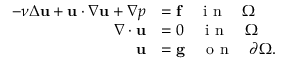
\begin{array} { r l } { - \nu \Delta \mathbf { u } + \mathbf { u } \cdot \nabla \mathbf { u } + \nabla p } & { = \mathbf { f } \quad \textup { i n } \quad \Omega } \\ { \nabla \cdot \mathbf { u } } & { = 0 \quad \textup { i n } \quad \Omega } \\ { \mathbf { u } } & { = \mathbf { g } \quad \textup { o n } \quad \partial \Omega . } \end{array}